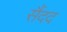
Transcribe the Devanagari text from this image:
सैंदद